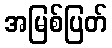
အမြစ်ပြတ်